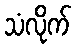
သံလိုက်